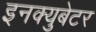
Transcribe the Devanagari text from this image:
इनक्युबेटर